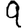
Digit: 9